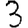
Digit: 3